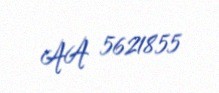
AA 5621855